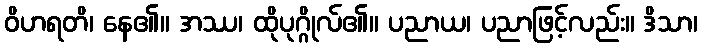
ဝိဟရတိ၊ နေ၏။ အဿ၊ ထိုပုဂ္ဂိုလ်၏။ ပညာယ၊ ပညာဖြင့်လည်း။ ဒိသာ၊